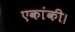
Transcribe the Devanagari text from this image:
एकांकी।